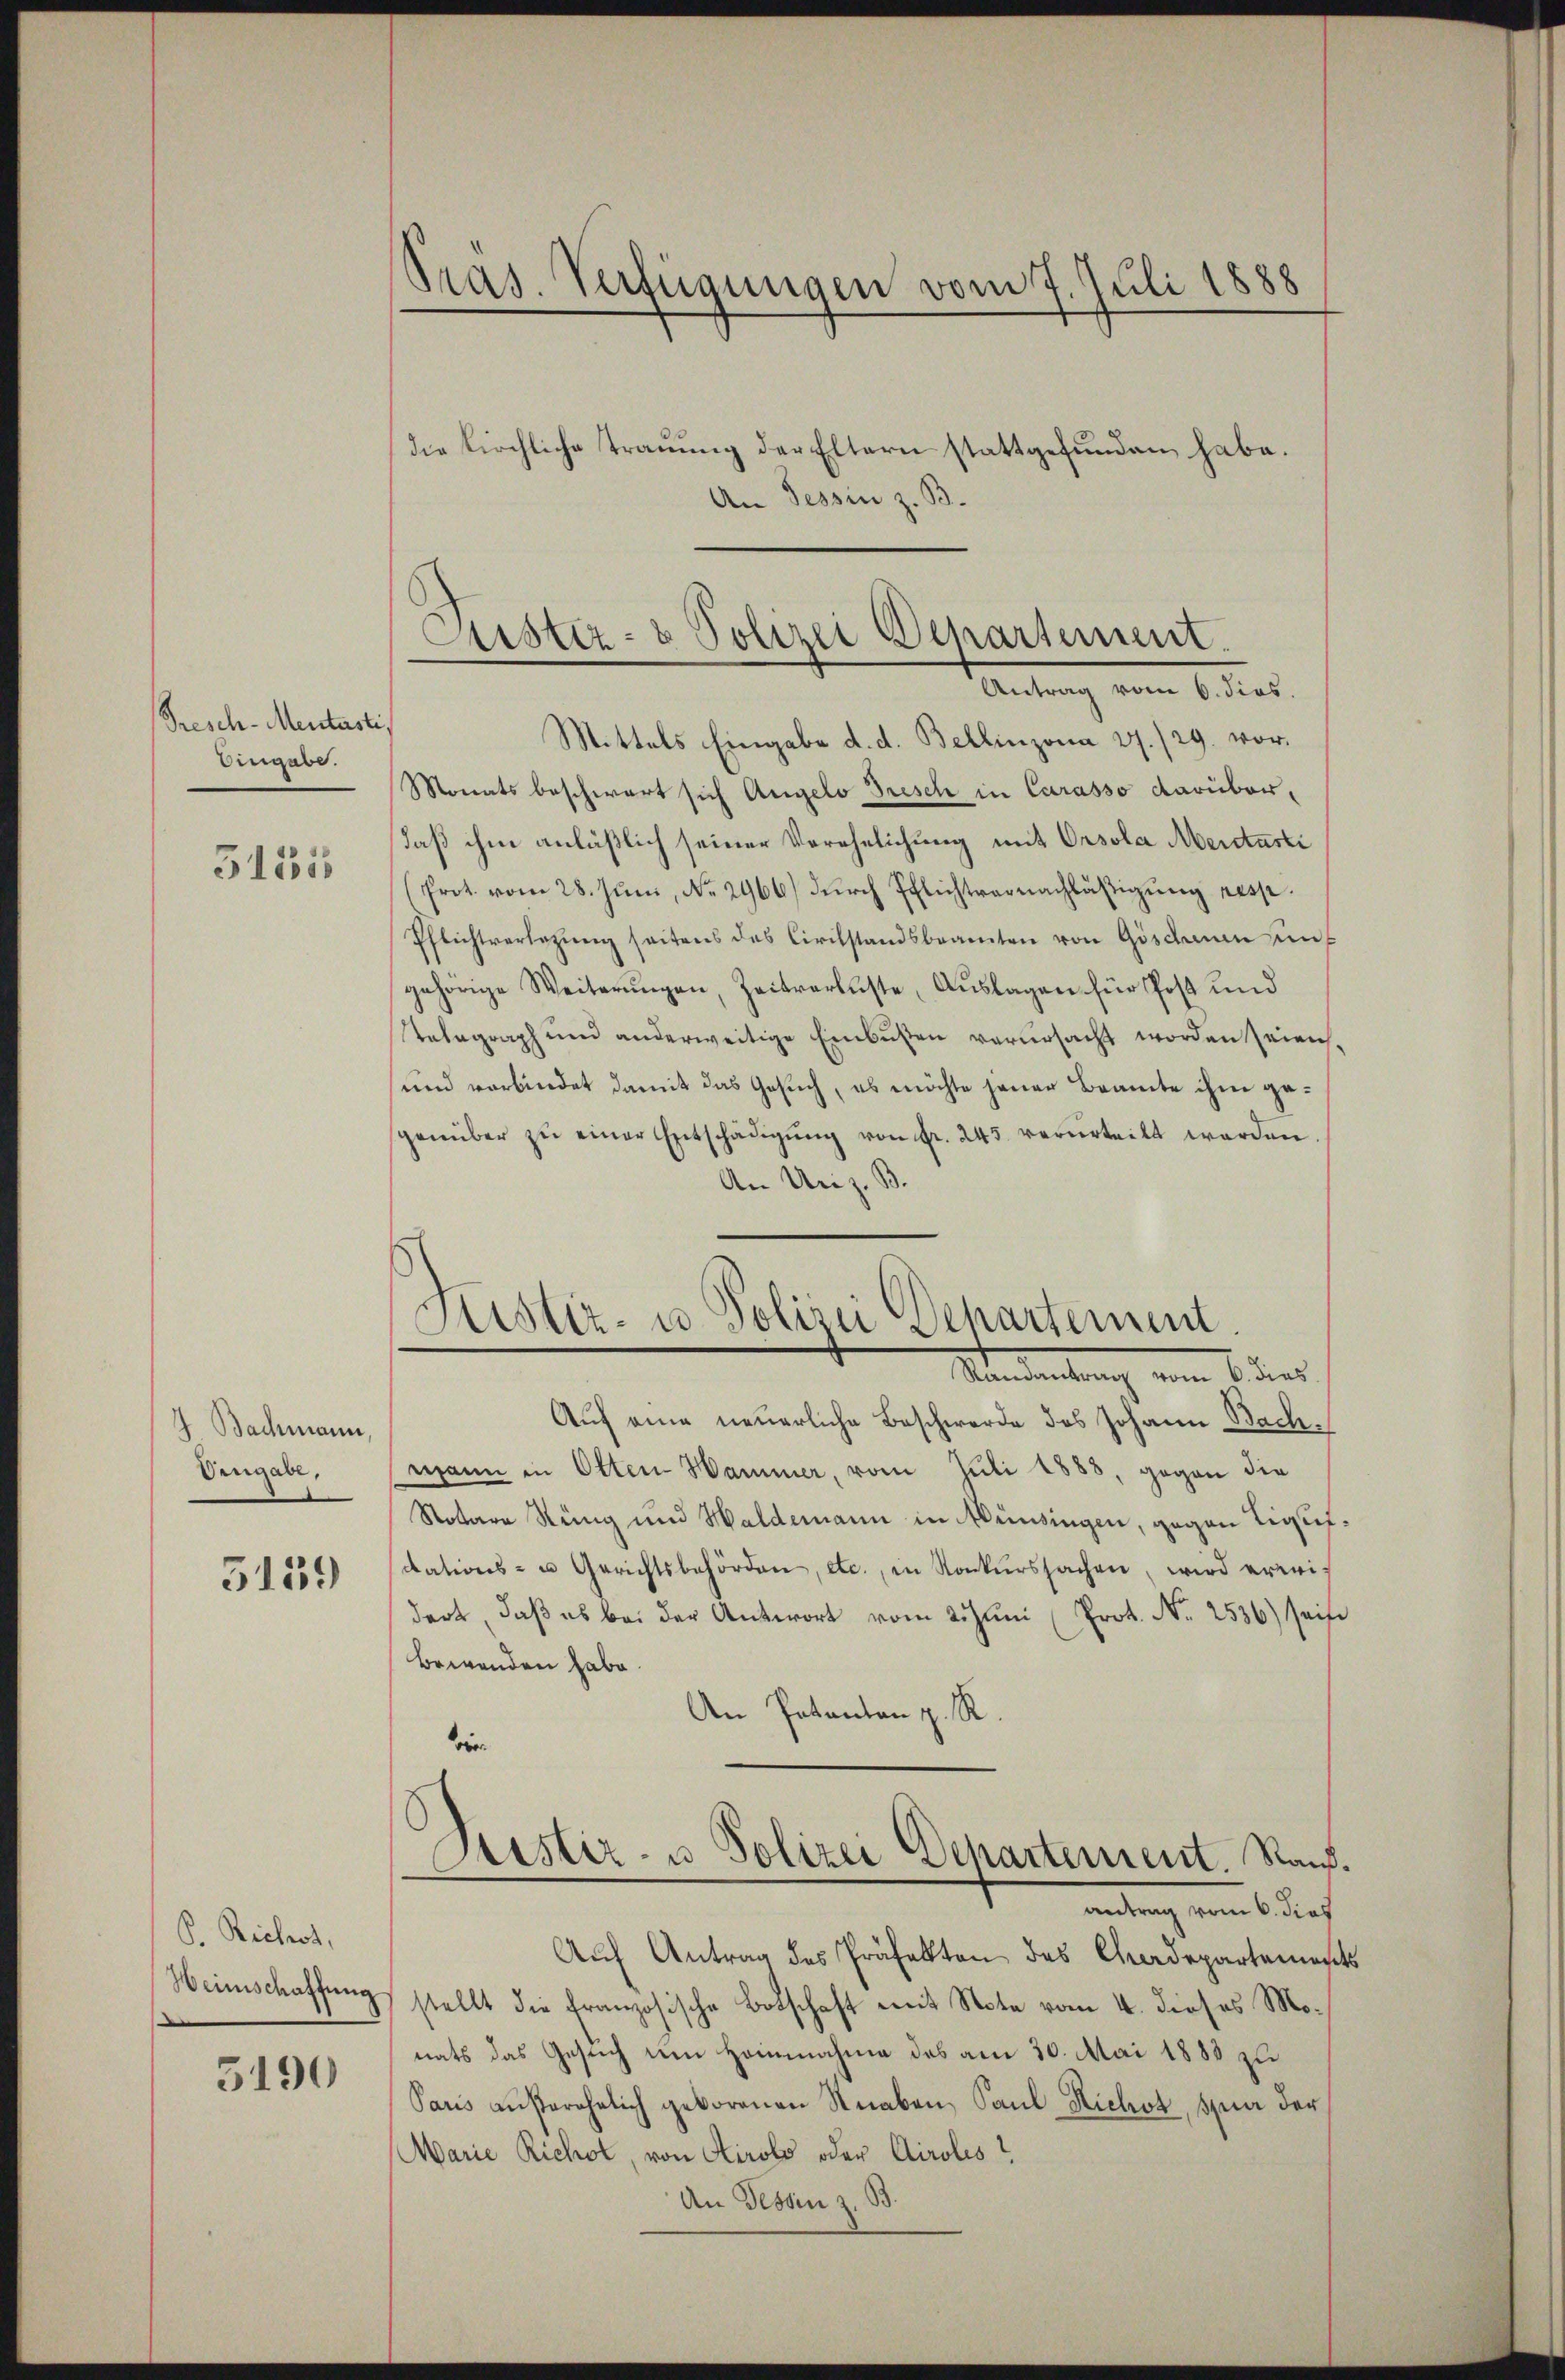
Presch-Mentesti
Eingabe.

31858

Bachmann,
Uengabe,

5159

P. Richt,
Weinschaffung

5190

Pras. Verfügungen vom 7. Juli 1888

die kirchliche Trauung der Eltern stattgefunden habe.
An Tessin z. B.

Astiz- & Polizei Departement.
Antrag vom 6. dies.

Mittels Eingabe d. d. Bellinzona 27./29. vor¬
Monats beschwart sich Angelo Dresch in Carasso darüberdaß ihm anläßlich seiner Verehelichung mit Orsola Mercasti
Prot. vom 28. Jŭni, No. 2966) dŭrch Pflichtvarnachläβigŭng resp.
Pflichtverlegŭng seitens des Circhstandsbeamten von Gösdann unt
gehörige Weiterŭngen, Zeitverluste, Auslagen für Post und
Telegraph und anderweitige Einbusten verursacht worden seien.
und verbindet damit das Gesuch, es möchte jener Beamte ihm gegenüber zŭ einer Entschädigŭng von fr. 245. verurteilt werden
An Unz. B.

Justiz- u. Polizei Separtement.
Mandantung vom 6 des

Auf eine neuerliche Beschwerde des Johann Bach¬
Wann in Otten Hammer, vom Juli 1888, gegen die
Notare Stung und Haldemann in Münsingen, gegen Liquidations- u Gerichtsbehörden, etc., in Konkŭrssachen, wird erweis
dert, daß es bei der Antwort vom 2. Juni (Prot. No. 2536) seife
bewenden habe.
An Patenten z. St
ber
Justiz- u Polizei Departement. Rand.
antrag vom 6. dies
Auf Antrag des Präfekten des Cherdepartements
stellt die Französische Botschaft mit Note vom 4. dieses Monats das Gesuch um Heinnahme des am 30. Mai 1883 zu
Paris anserehelich geborenen Knaben, Paul Hichot, sur der
Marie Richot, von Airolo oder Airoles?
An Tessin z. B.